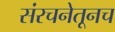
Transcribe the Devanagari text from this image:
संरचनेतूनच